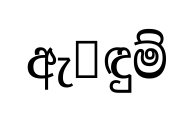
ඇ෾ඳුම්